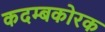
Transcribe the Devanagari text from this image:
कदम्बकोरक